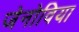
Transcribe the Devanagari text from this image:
जेनोविया